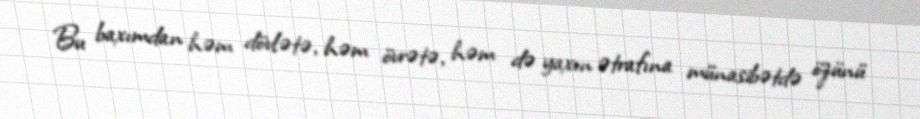
Bu baxımdan həm dövlətə, həm övrətə, həm də yaxın ətrafına münasibətdə özünü